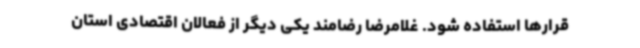
قرارها استفاده شود. غلامرضا رضامند یکی دیگر از فعالان اقتصادی استان